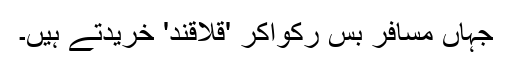
جہاں مسافر بس ركواكر 'قلاقند' خریدتے ہیں۔